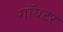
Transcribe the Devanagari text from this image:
गॉयटर